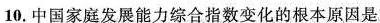
10.中国家庭发展能力综合指数变化的根本原因是